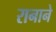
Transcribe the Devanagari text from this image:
रानाने